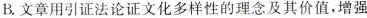
B.文章用引证法论证文化多样性的理念及其价值，增强